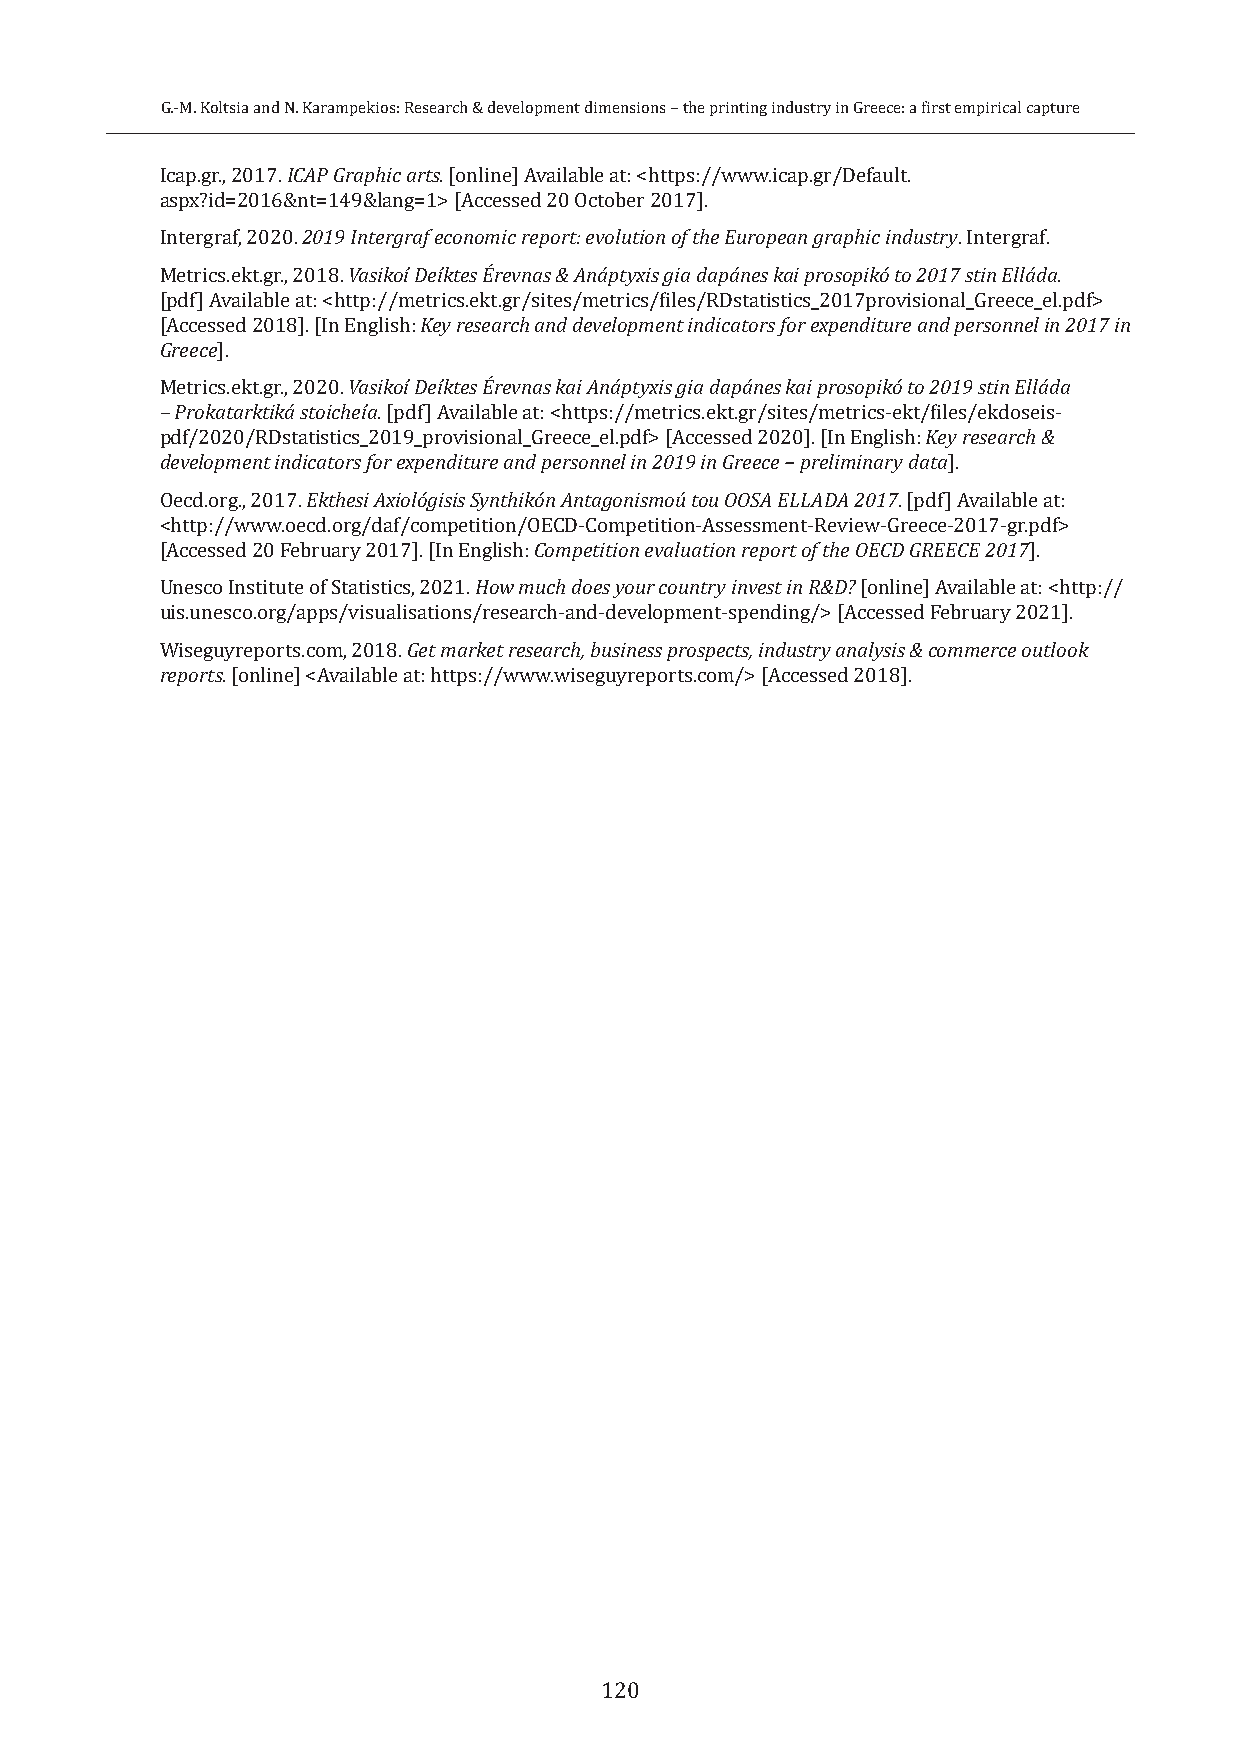
G.-M. Koltsia and N. Karampekios: Research & development dimensions − the printing industry in Greece: a first empirical capture
 Icap.gr., 2017. ICAP Graphic arts. [online] Available at: <https://www.icap.gr/Default.
 aspx?id=2016&nt=149&lang=1> [Accessed 20 October 2017].
 Intergraf, 2020. 2019 Intergraf economic report: evolution of the European graphic industry. Intergraf.
 Metrics.ekt.gr., 2018. Vasikoí Deíktes Érevnas & Anáptyxis gia dapánes kai prosopikó to 2017 stin Elláda.
 [pdf] Available at: <http://metrics.ekt.gr/sites/metrics/files/RDstatistics_2017provisional_Greece_el.pdf>
 [Accessed 2018]. [In English: Key research and development indicators for expenditure and personnel in 2017 in
 Greece].
 Metrics.ekt.gr., 2020. Vasikoí Deíktes Érevnas kai Anáptyxis gia dapánes kai prosopikó to 2019 stin Elláda
 – Prokatarktiká stoicheía. [pdf] Available at: <https://metrics.ekt.gr/sites/metrics-ekt/files/ekdoseis-
 pdf/2020/RDstatistics_2019_provisional_Greece_el.pdf> [Accessed 2020]. [In English: Key research &
 development indicators for expenditure and personnel in 2019 in Greece − preliminary data].
 Oecd.org., 2017. Ekthesi Axiológisis Synthikón Antagonismoú tou OOSA ELLADA 2017. [pdf] Available at:
 <http://www.oecd.org/daf/competition/OECD-Competition-Assessment-Review-Greece-2017-gr.pdf>
 [Accessed 20 February 2017]. [In English: Competition evaluation report of the OECD GREECE 2017].
 Unesco Institute of Statistics, 2021. How much does your country invest in R&D? [online] Available at: <http://
 uis.unesco.org/apps/visualisations/research-and-development-spending/> [Accessed February 2021].
 Wiseguyreports.com, 2018. Get market research, business prospects, industry analysis & commerce outlook
 reports. [online] <Available at: https://www.wiseguyreports.com/> [Accessed 2018].
 120